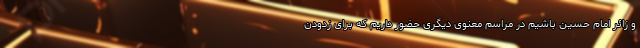
و زائر امام حسین باشیم در مراسم معنوی دیگری حضور داریم که برای زدودن